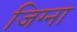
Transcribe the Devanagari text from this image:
जिग्ना